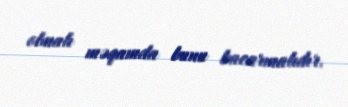
olmalı məqamda bunu bacarmalıdır.